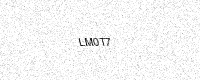
Text: LM0T7